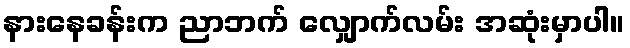
နားနေခန်းက ညာဘက် လျှောက်လမ်း အဆုံးမှာပါ။